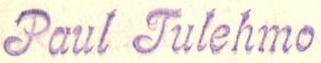
Paul Tulehmo